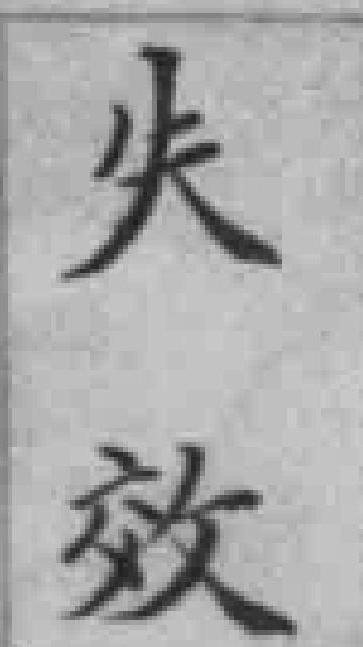
失效